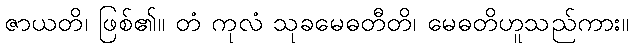
ဇာယတိ၊ ဖြစ်၏။ တံ ကုလံ သုခမေဓတီတိ၊ မေဓတိဟူသည်ကား။